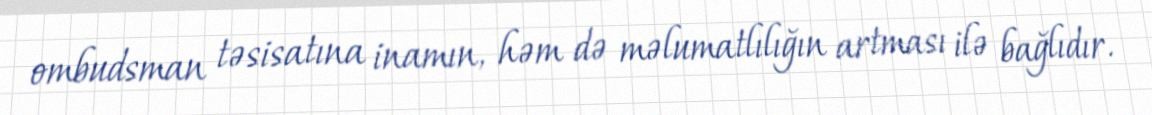
ombudsman təsisatına inamın, həm də məlumatlılığın artması ilə bağlıdır.